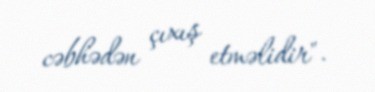
cəbhədən çıxış etməlidir".